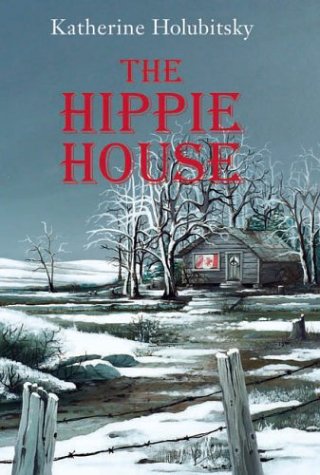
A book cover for The Hippie House; Katherine Holubitsky; Teen & Young Adult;